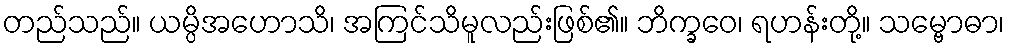
တည်သည်။ ယမ္ပိအဟောသိ၊ အကြင်သိမူလည်းဖြစ်၏။ ဘိက္ခဝေ၊ ရဟန်းတို့။ သမ္ဗောဓာ၊